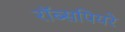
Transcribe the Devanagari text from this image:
रॉब्सपियरे